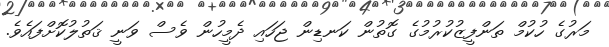
މަރުގެ ހުކުމް ތަންފީޒުކުރުމުގެ ގޮތުން ކަނޑިން ޖަހައި ދެމީހުން ވެސް ވަނީ ޤަތުލުކޮށްފައެވެ.